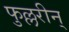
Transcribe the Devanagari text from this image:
फुल्लरीन्